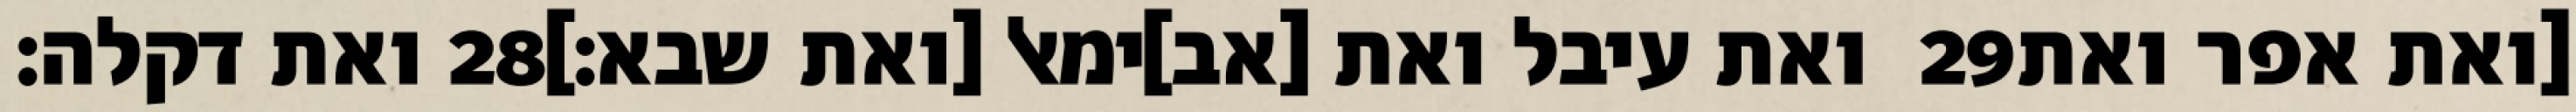
ואת דקלה׃ ‎28‏ ואת עיבל ואת [אב]ימאל [ואת שבא׃] ‎29‏ [ואת אפר ואת